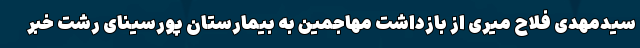
سیدمهدی فلاح میری از بازداشت مهاجمین به بیمارستان پورسینای رشت خبر